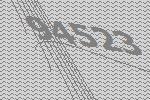
94523